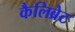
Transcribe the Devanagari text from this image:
कैलिब्रेट